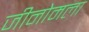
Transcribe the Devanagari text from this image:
जीनोमला